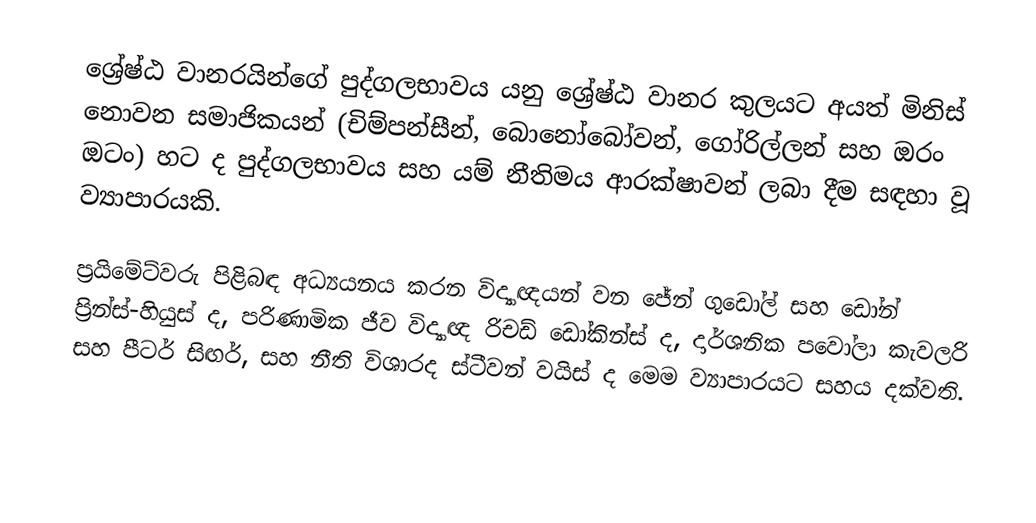
ශ්‍රේෂ්ඨ වානරයින්ගේ පුද්ගලභාවය යනු ශ්‍රේෂ්ඨ වානර කුලයට අයත් මිනිස් නොවන සමාජිකයන් (චිම්පන්සීන්, බොනෝබෝවන්, ගෝරිල්ලන් සහ ඔරං ඔටං) හට ද පුද්ගලභාවය සහ යම් නීතිමය ආරක්ෂාවන් ලබා දීම සඳහා වූ ව්‍යාපාරයකි.

ප්‍රයිමේට්වරු පිළිබඳ අධ්‍යයනය කරන විද්‍යාඥයන් වන ජේන් ගුඩෝල් සහ ඩෝන් ප්‍රින්ස්-හියුස් ද, පරිණාමික ජීව විද්‍යාඥ රිචඩ් ඩෝකින්ස් ද, දාර්ශනික පවෝලා කැවලරි සහ පීටර් සිඟර්, සහ නීති විශාරද ස්ටීවන් වයිස් ද මෙම ව්‍යාපාරයට සහය දක්වති.